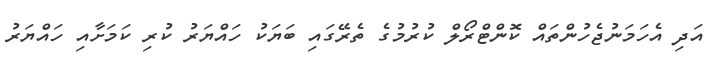
އަދި އެހަމަނުޖެހުންތައް ކޮންޓްރޯލް ކުރުމުގެ ތެރޭގައި ބަޔަކު ހައްޔަރު ކުރި ކަަމަށާއި ހައްޔަރު